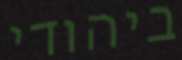
ביהודי